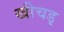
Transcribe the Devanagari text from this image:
खीचड्